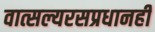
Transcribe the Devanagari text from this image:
वात्सल्यरसप्रधानही